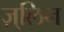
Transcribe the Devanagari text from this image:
ज़्लिन